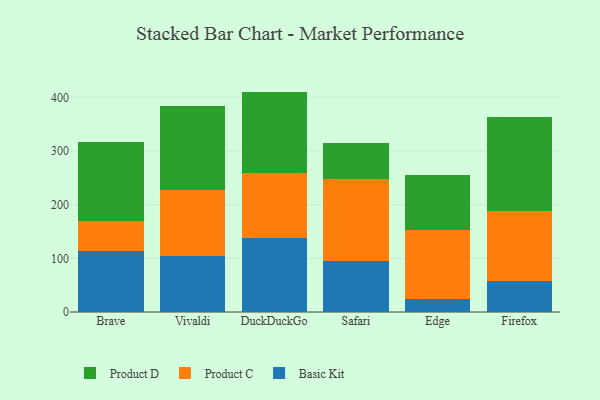
{"axis": {"x": "Browser", "y": "Shipments"}, "legend": ["Basic Kit", "Product C", "Product D"], "data": [{"x": "Brave", "y": 112.8, "type": "Basic Kit"}, {"x": "Brave", "y": 57.0, "type": "Product C"}, {"x": "Brave", "y": 146.4, "type": "Product D"}, {"x": "Vivaldi", "y": 105.1, "type": "Basic Kit"}, {"x": "Vivaldi", "y": 122.9, "type": "Product C"}, {"x": "Vivaldi", "y": 156.1, "type": "Product D"}, {"x": "DuckDuckGo", "y": 138.2, "type": "Basic Kit"}, {"x": "DuckDuckGo", "y": 121.0, "type": "Product C"}, {"x": "DuckDuckGo", "y": 151.5, "type": "Product D"}, {"x": "Safari", "y": 95.3, "type": "Basic Kit"}, {"x": "Safari", "y": 151.9, "type": "Product C"}, {"x": "Safari", "y": 68.4, "type": "Product D"}, {"x": "Edge", "y": 23.5, "type": "Basic Kit"}, {"x": "Edge", "y": 129.4, "type": "Product C"}, {"x": "Edge", "y": 102.7, "type": "Product D"}, {"x": "Firefox", "y": 57.8, "type": "Basic Kit"}, {"x": "Firefox", "y": 129.6, "type": "Product C"}, {"x": "Firefox", "y": 175.1, "type": "Product D"}]}